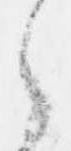
之